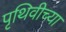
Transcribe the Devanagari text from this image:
पृथिवीच्या